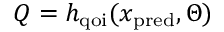
Q = h _ { \mathrm { q o i } } ( x _ { \mathrm { p r e d } } , \Theta )